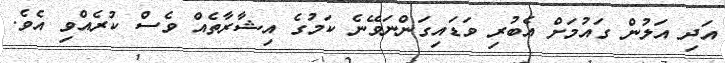
އަދި އަލުން ގައުމަށް އެބުރި ވަޑައިގަންނަވޭނެ ކަމުގެ އިޝާރާތެއް ވެސް ކުރެއްވި އެވެ.